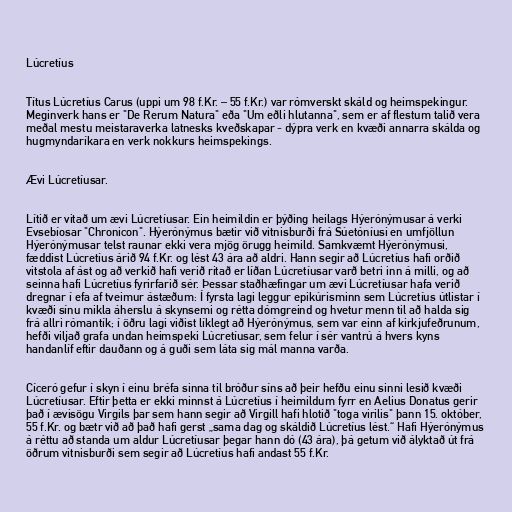
Lúcretíus

Títus Lúcretíus Carus (uppi um 98 f.Kr. – 55 f.Kr.) var rómverskt skáld og heimspekingur.
Meginverk hans er "De Rerum Natura" eða "Um eðli hlutanna", sem er af flestum talið vera
meðal mestu meistaraverka latnesks kveðskapar - dýpra verk en kvæði annarra skálda og
hugmyndaríkara en verk nokkurs heimspekings.

Ævi Lúcretíusar.

Lítið er vitað um ævi Lúcretíusar. Ein heimildin er þýðing heilags Hýerónýmusar á verki
Evsebíosar "Chronicon". Hýerónýmus bætir við vitnisburði frá Súetóníusi en umfjöllun
Hýerónýmusar telst raunar ekki vera mjög örugg heimild. Samkvæmt Hýerónýmusi,
fæddist Lúcretíus árið 94 f.Kr. og lést 43 ára að aldri. Hann segir að Lúcretíus hafi orðið
vitstola af ást og að verkið hafi verið ritað er líðan Lúcretíusar varð betri inn á milli, og að
seinna hafi Lúcretíus fyrirfarið sér. Þessar staðhæfingar um ævi Lúcretíusar hafa verið
dregnar í efa af tveimur ástæðum: Í fyrsta lagi leggur epikúrisminn sem Lúcretíus útlistar í
kvæði sínu mikla áherslu á skynsemi og rétta dómgreind og hvetur menn til að halda sig
frá allri rómantík; í öðru lagi viðist líklegt að Hýerónýmus, sem var einn af kirkjufeðrunum,
hefði viljað grafa undan heimspeki Lúcretíusar, sem felur í sér vantrú á hvers kyns
handanlíf eftir dauðann og á guði sem láta sig mál manna varða.

Cíceró gefur í skyn í einu bréfa sinna til bróður síns að þeir hefðu einu sinni lesið kvæði
Lúcretíusar. Eftir þetta er ekki minnst á Lúcretíus í heimildum fyrr en Aelius Donatus gerir
það í ævisögu Virgils þar sem hann segir að Virgill hafi hlotið "toga virilis" þann 15. október,
55 f.Kr. og bætr við að það hafi gerst „sama dag og skáldið Lúcretíus lést.“ Hafi Hýerónýmus
á réttu að standa um aldur Lúcretíusar þegar hann dó (43 ára), þá getum við ályktað út frá
öðrum vitnisburði sem segir að Lúcretíus hafi andast 55 f.Kr.